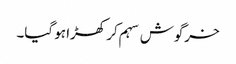
خرگوش سہم کر کھڑا ہو گیا۔